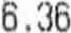
6.36